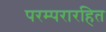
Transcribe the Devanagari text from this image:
परम्परारहित